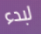
لبدء